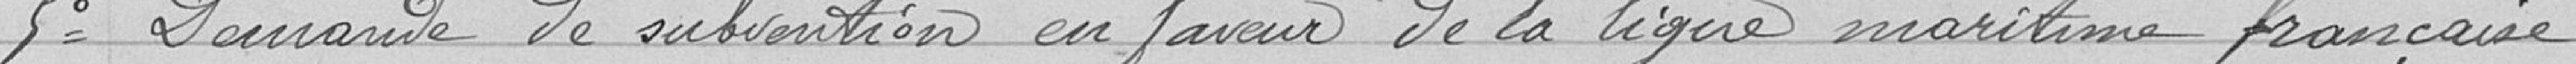
Etaient présents! Mr Houbre, adjoint, Président,